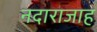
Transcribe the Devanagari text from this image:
नदाराजाह